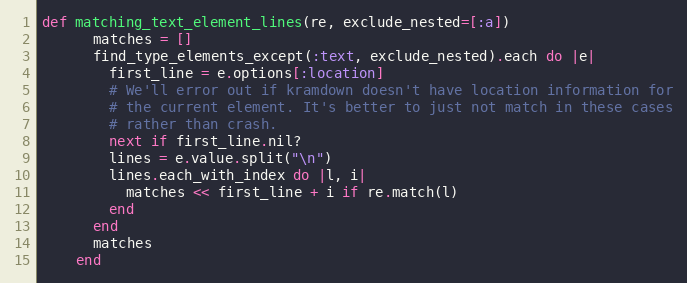
Language: Ruby
def matching_text_element_lines(re, exclude_nested=[:a])
      matches = []
      find_type_elements_except(:text, exclude_nested).each do |e|
        first_line = e.options[:location]
        # We'll error out if kramdown doesn't have location information for
        # the current element. It's better to just not match in these cases
        # rather than crash.
        next if first_line.nil?
        lines = e.value.split("\n")
        lines.each_with_index do |l, i|
          matches << first_line + i if re.match(l)
        end
      end
      matches
    end